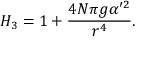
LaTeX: H _ { 3 } = 1 + { \frac { 4 N \pi g \alpha ^ { \prime 2 } } { r ^ { 4 } } } .